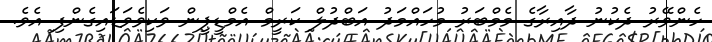
ހެންވޭރު ދެކުނު ދާއިރާގެ މެމްބަރު މުހައްމަދު އަބްދުލް ކަރީމް އެމްޑީޕީން ވަކިވެވަޑައިގެންފި އެވެ.